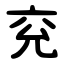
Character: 兖